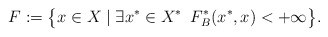
\begin{align*}F&:=\big\{x\in X\mid \exists x^*\in X^*\,\,\, F^*_B(x^*,x)<+\infty\big\}.\end{align*}